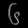
Digit: ၆